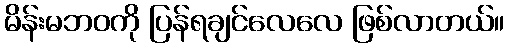
မိန်းမဘဝကို ပြန်ရချင်လေလေ ဖြစ်လာတယ်။